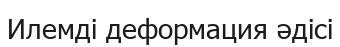
Илемді деформация әдісі